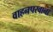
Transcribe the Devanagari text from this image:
वाहनपरवाना